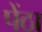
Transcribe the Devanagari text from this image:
पेंठा